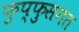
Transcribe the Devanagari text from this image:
फुप्फुसगत